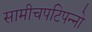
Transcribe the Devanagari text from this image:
सामीचपटिपन्नो